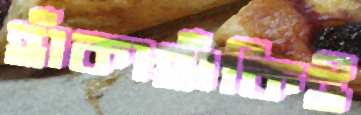
হাঁকাহাঁকিই